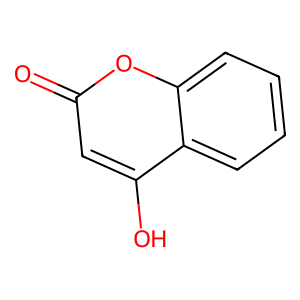
SMILES: O=c1cc(O)c2ccccc2o1
Inhibits HIV replication: No